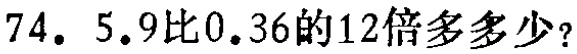
74. 5.9比0.36的12倍多多少？